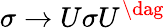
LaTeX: \sigma\rightarrow U\sigma U^{\dag}